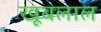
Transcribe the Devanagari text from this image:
खूबलाल